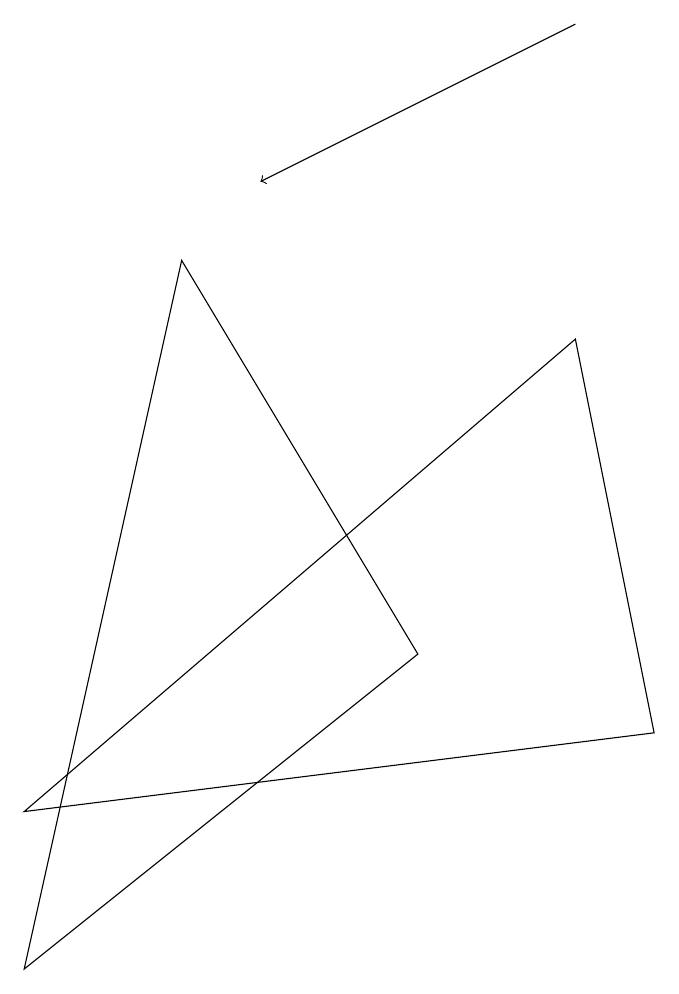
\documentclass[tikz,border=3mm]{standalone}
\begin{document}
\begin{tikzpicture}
\draw (3,9) -- (6,4) -- (1,0) -- cycle;
\draw (1,2) -- (8,8) -- (9,3) -- cycle;
\draw[->] (8,12) -- (4,10);
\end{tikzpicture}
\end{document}